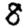
Digit: 8